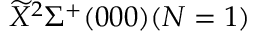
\widetilde { X } ^ { 2 } \Sigma ^ { + } ( 0 0 0 ) ( N = 1 )